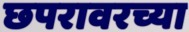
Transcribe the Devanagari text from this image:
छपरावरच्या